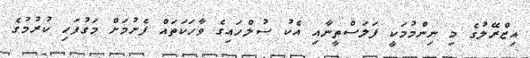
އިޒްރޭލުގެ މި ނިންމުމަކީ ފަލަސްތީނާއި އެކު ސުލްހައިގެ ވާހަކަތައް ފެށުމަށް މަގުފަހި ކުރުމުގެ